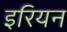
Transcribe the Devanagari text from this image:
इरियन